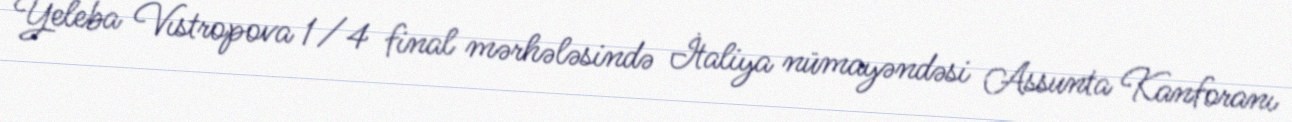
Yeleba Vıstropova 1/4 final mərhələsində İtaliya nümayəndəsi Assunta Kanforanı